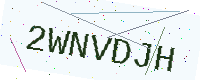
Text: 2WNVDJH